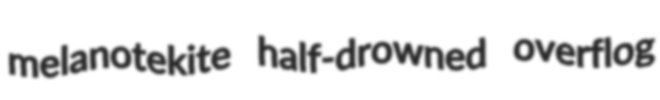
melanotekite half-drowned overflog